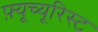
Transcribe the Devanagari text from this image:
फ़्यूच्यूरिस्ट